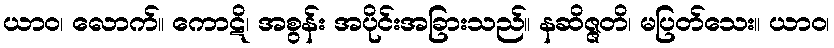
ယာဝ၊ လောက်။ ကောဋိ၊ အစွန်း အပိုင်းအခြားသည်။ နဆိဇ္ဇတိ၊ မပြတ်သေး။ ယာဝ၊